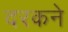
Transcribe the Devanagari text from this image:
दरकने